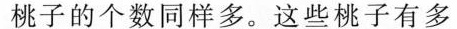
桃子的个数同样多。这些桃子有多